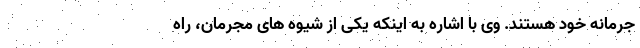
جرمانه خود هستند. وی با اشاره به اینکه یکی از شیوه های مجرمان، راه